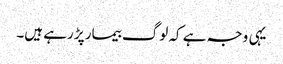
یہی وجہ ہے کہ لوگ بیمار پڑ رہے ہیں۔